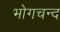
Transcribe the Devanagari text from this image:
भोगचन्द